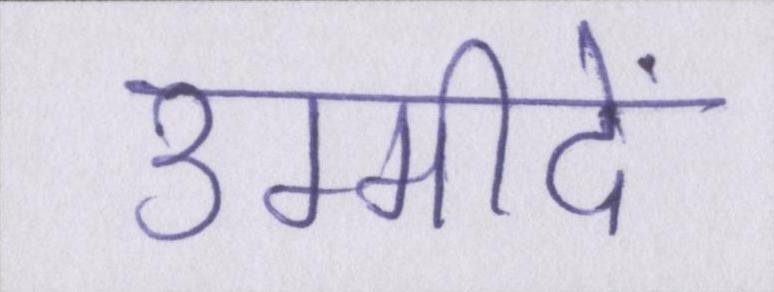
उम्मीदें